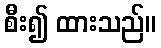
စီး၍ ထားသည်။